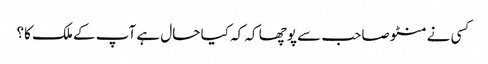
کسی نے منٹو صاحب سے پوچھا کہ کہ کیا حال ہے آپ کے ملک کا؟